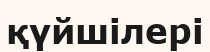
қүйшілері